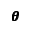
\pmb { \theta }